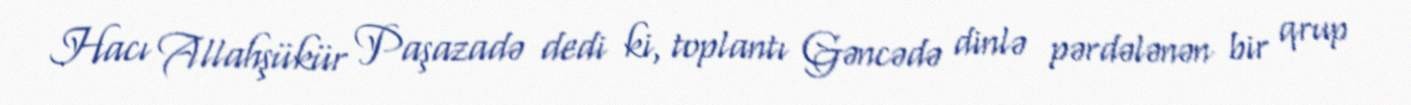
Hacı Allahşükür Paşazadə dedi ki, toplantı Gəncədə dinlə pərdələnən bir qrup